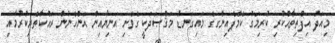
މިއަދު އިފްތިތާޙްކުރި ކުރިމަގު ކެމްޕެއިންގގެ މައިގަނޑު މަޤްޞަދަކީ ގެވެށި އަނިޔާއިން އަންހެނުން ރައްކާތެރިކުރުމާއި